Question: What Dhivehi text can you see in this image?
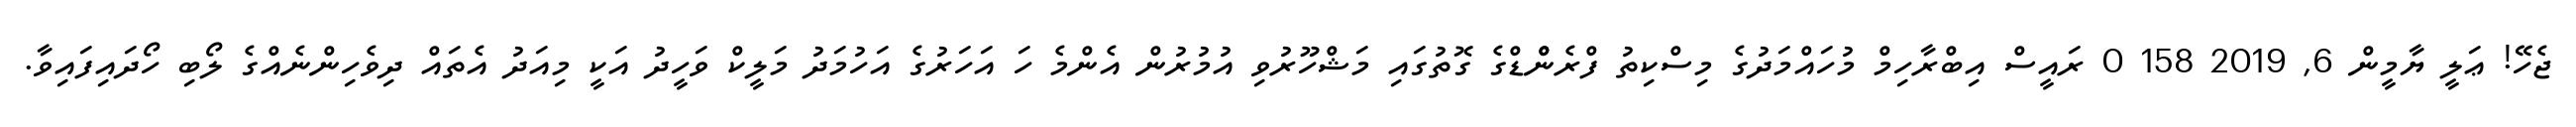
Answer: ޖެހޭ! ޢަލީ ޔާމީން 6, 2019 158 0 ރައީސް އިބްރާހިމް މުހައްމަދުގެ މިސްކިތު ފްރެންްޑްގެ ގޮތުގައި މަޝްހޫރުވި އުމުރުން އެންމެ ހަ އަހަރުގެ އަހުމަދު މަލީކް ވަހީދު އަކީ މިއަދު އެތައް ދިވެހިންނެއްގެ ލޯބި ހޯދައިފައިވާ.